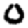
Digit: 0